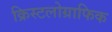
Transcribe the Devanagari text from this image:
क्रिस्टलोग्राफिक